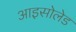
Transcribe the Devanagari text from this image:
आइसोलेड